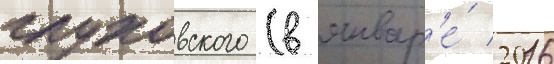
глуховского (в январ'е́ 2016